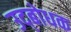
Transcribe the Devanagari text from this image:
उद्‍बोधक